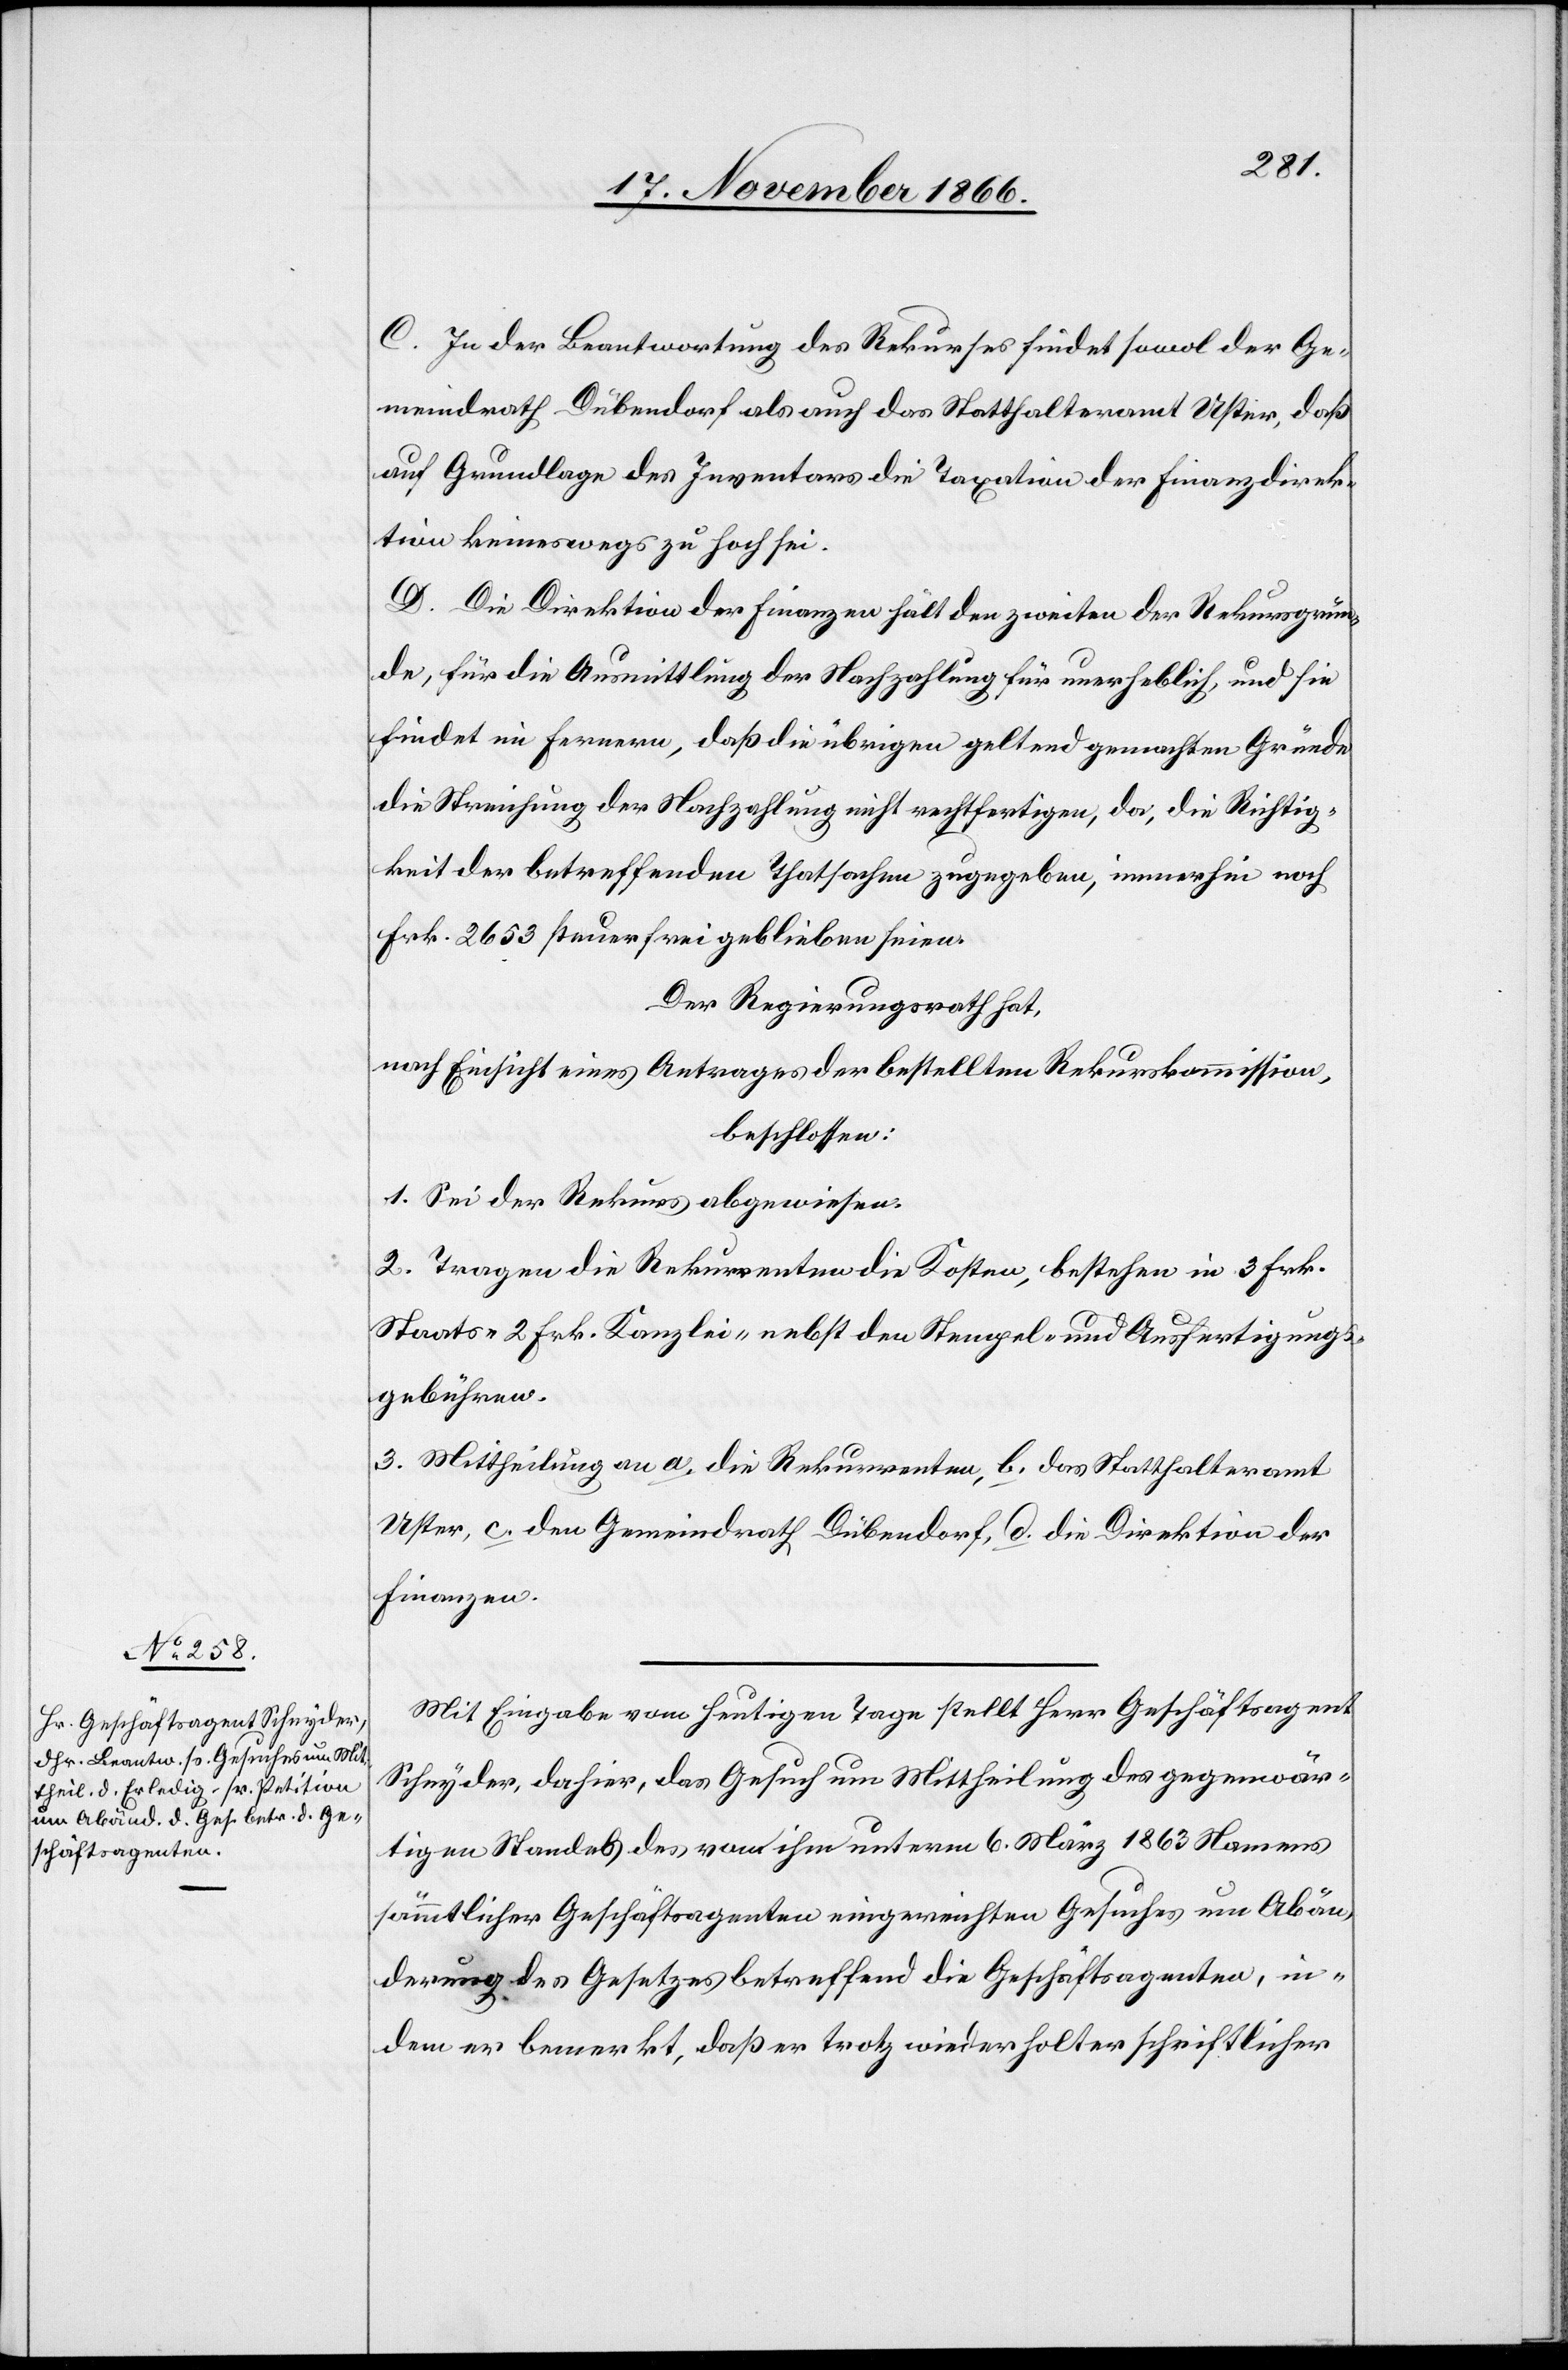
C. In der Beantwortung des Rekurses findet sowol der Ge¬
meindrath Dübendorf als auch das Statthalteramt Uster, daß
auf Grundlage des Inventars die Taxation der Finanzdirek¬
tion keineswegs zu hoch sei.
D. Die Direktion der Finanzen hält den zweiten der Rekursgrün¬
de, für die Ausmittlung der Nachzahlung für unerheblich, und sie
findet im Fernern, daß die übrigen geltend gemachten Gründe
die Streichung der Nachzahlung nicht rechtfertigen, da, die Richtig¬
keit der betreffenden Thatsachen zugegeben, immerhin noch
Frk. 2653 steuerfrei geblieben seien.
Der Regierungsrath hat,
nach Einsicht eines Antrages der bestellten Rekurskommission,
beschlossen:
1. Sei der Rekurs abgewiesen.
2. Tragen die Rekurrenten die Kosten, bestehen[d] in 3 Frk.
Staats-[,] 2 Frk. Kanzlei- nebst den Stempel- und Ausfertigungs¬
gebühren.
3. Mittheilung an a. die Rekurrenten, b. das Statthalteramt
Uster, c. den Gemeindrath Dübendorf, d. die Direktion der
Finanzen.
Mit Eingabe vom heutigen Tage stellt Herr Geschäftsagent
Schnyder, dahier, das Gesuch um Mittheilung des gegenwär¬
tigen Standes des von ihm unterm 6. März 1863 Namens
sämmtlicher Geschäftsagenten eingereichten Gesuches um Abän¬
derung des Gesetzes betreffend die Geschäftsagenten, in¬
dem er bemerkt, daß er trotz wiederholter schriftlicher